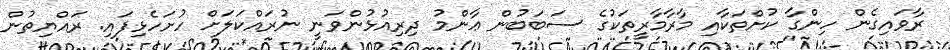
ރާވައިގެން ހިންގާ ކުށްތަކާއި މާރާމާރީތަކުގެ ސަބަބުން ޢާންމު ދިރިއުޅުންވަނީ ނުރައްކަލަށް ހުށަހެޅިފައި. ރައްޔިތުން